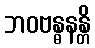
ဘဝဗန္ဓနန္တိ